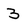
Character: 3